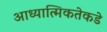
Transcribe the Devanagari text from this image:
आध्यात्मिकतेकडे